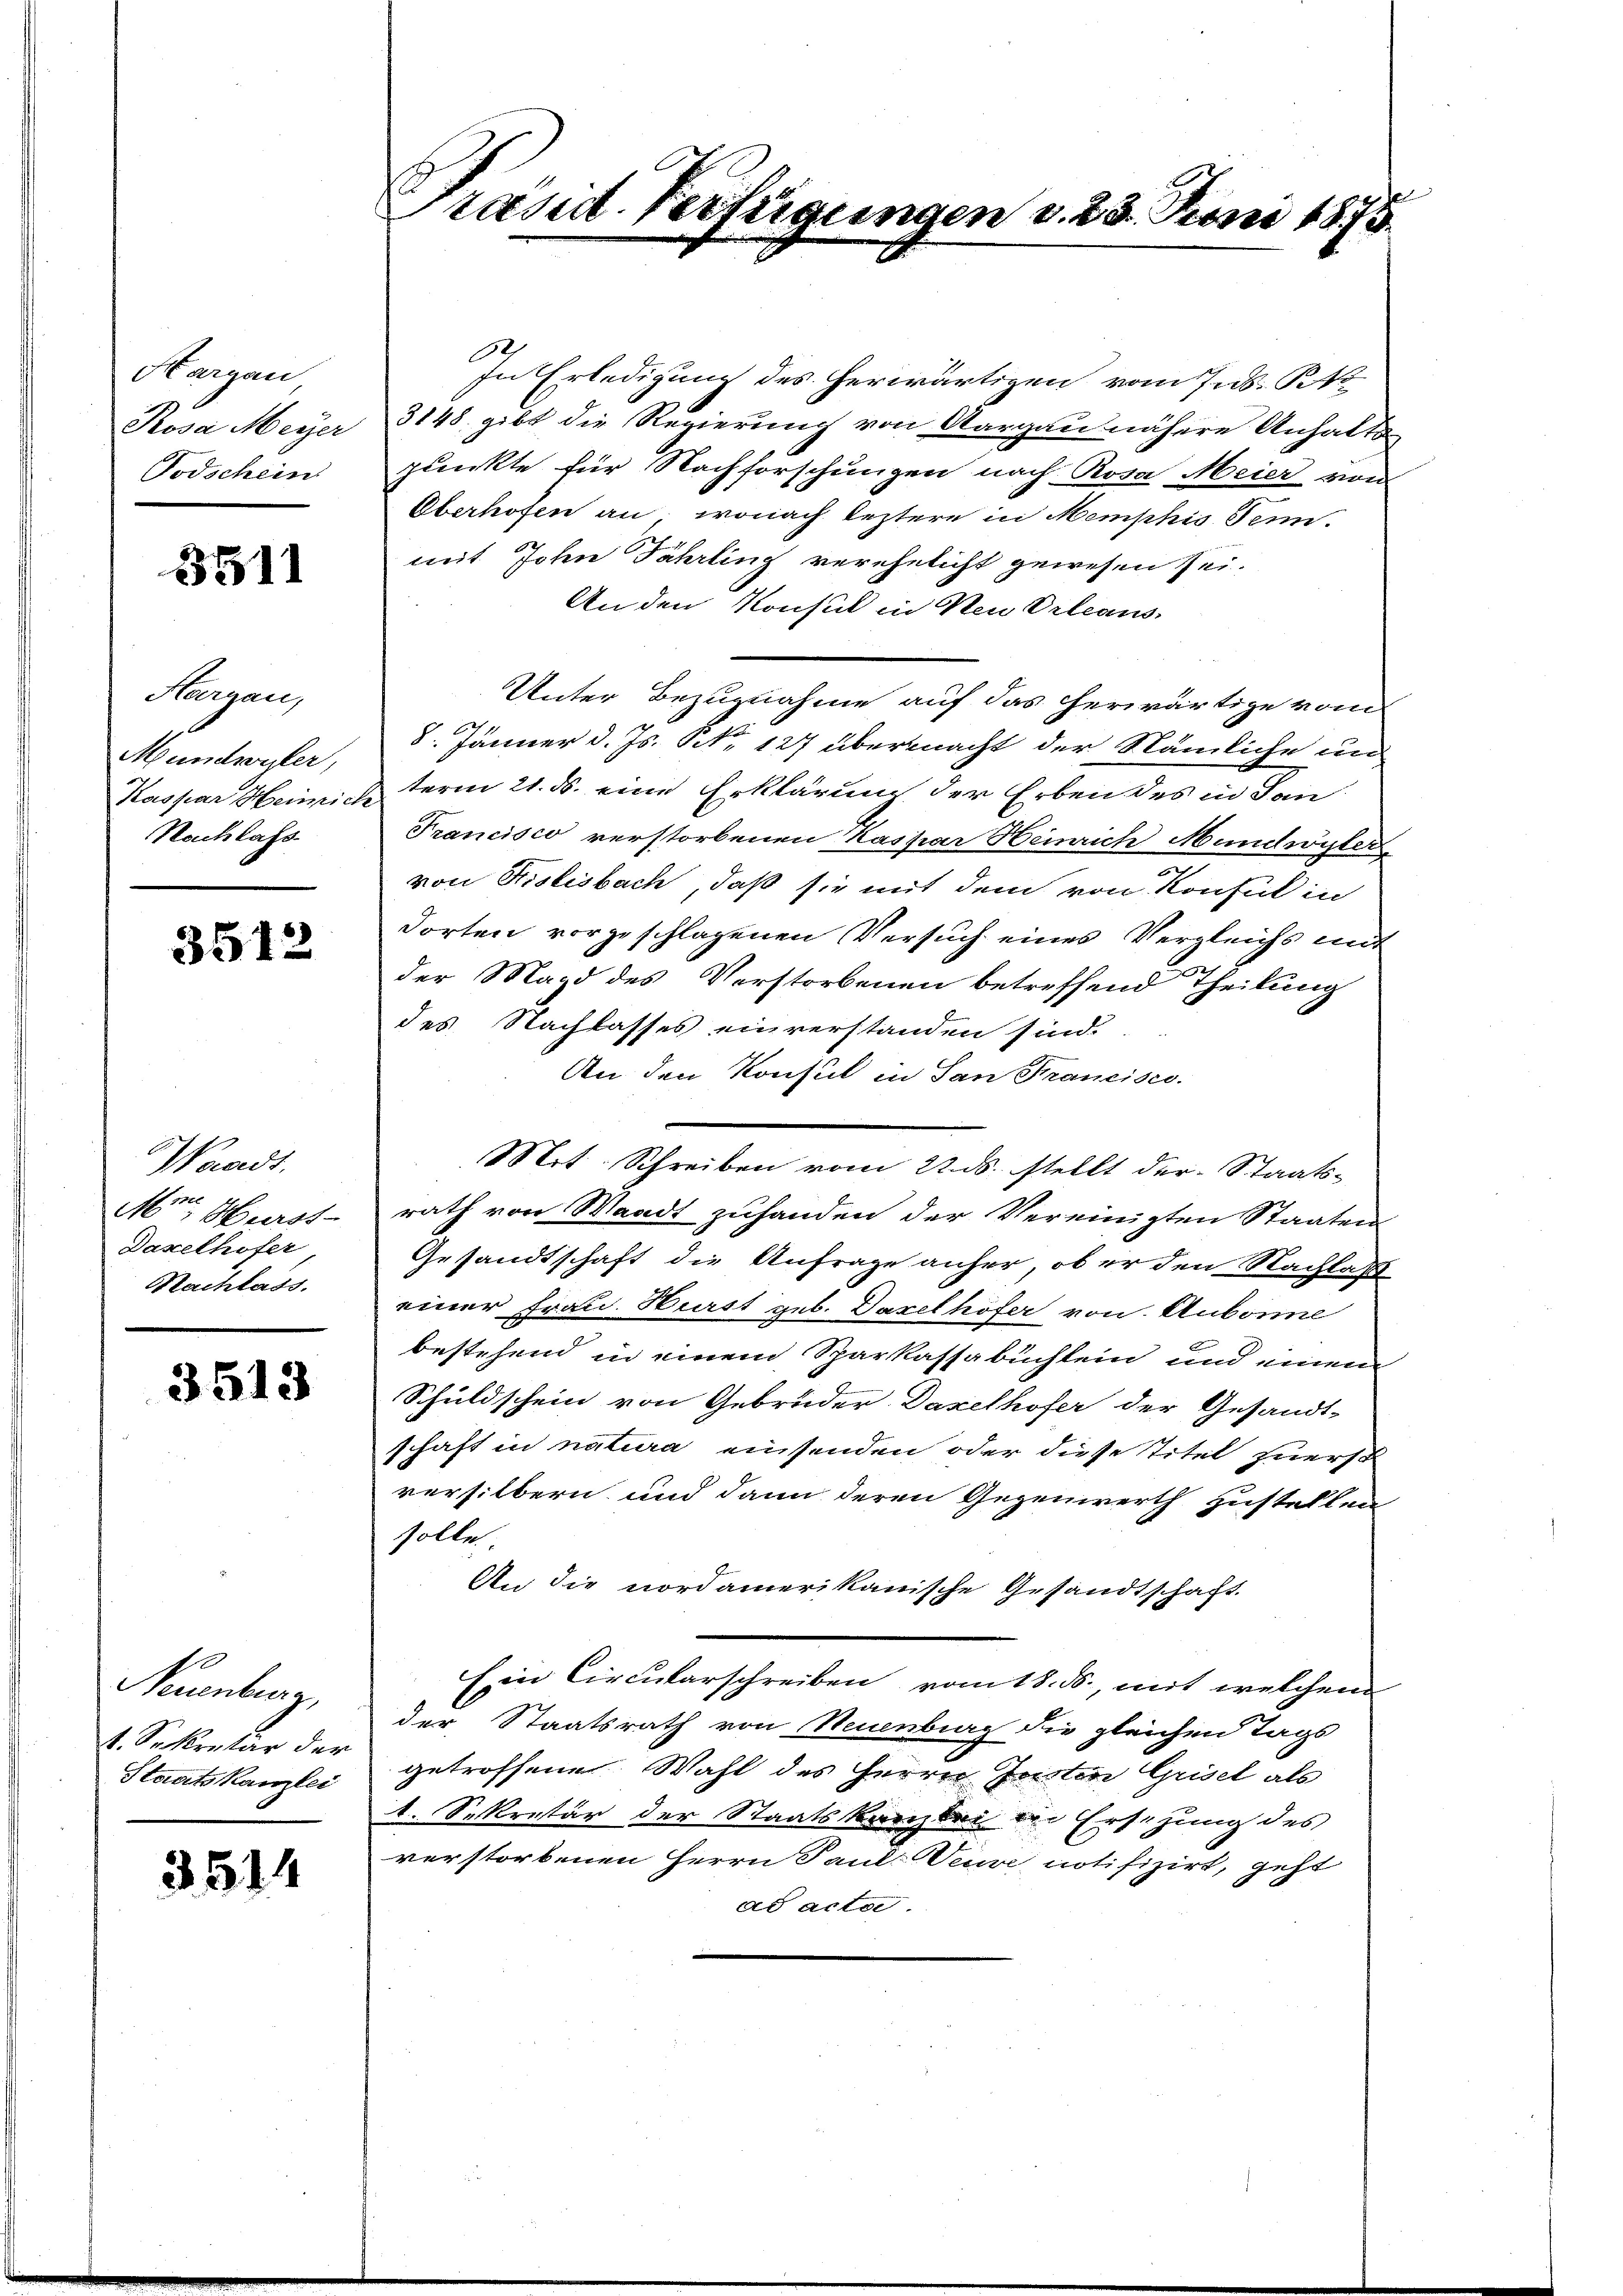
Hargau
Rosa Meyer
Todschein

3511

Hargau,
Mundwuler,
Kaspar Heinrich
Nachlass

3512

Waadt,
pf. E
M. Bürst
Daxelhofer
Nachlass.

3513

Neuenburg,
4. Sekretär der
Staatskanzlei

3514

Präsid. Fertigungen v. 23. Juni 1875.

In Erledigung des herwärtigen vom 7. d. R
3148. gibt die Regierung von Aargau nähere Anhalts
punkte für Nachforschungen nach Rosa Meier von
Oberhofen an, wonach leztere in Memphis Senn.
mit John Fährting verehelicht gewesen sei.
An den Konsul in Neu Orleans
Unter Bezugnahme auf das herwärtige vom
8. Jänner d. Js. NNo. 127 übermacht der Nämliche un
term 21. ds. eine Erklärung der Erben des in dan
Francisco verstorbenen Kaspar Heinrich Mundwörter
von Kislisbach, daß sie mit dem von Konsul in
dorten vorgeschlagenen Versuch eines Vergleichs mit
der Magd des Verstorbenen betreffend Theilung
des Nachlasses einverstanden sind.
An den Konsul in San Francisco
Mit Schreiben vom 22. ds. stellt der Staats-
rath von Waadt zuhanden der Vereinigten Staaten
Gesandtschaft die Anfrage anher ober den Nachlaß
einer Frau. Wurst geb. Daxelhöfer von Anborne
bestehend in einem Sparkassabuchlein und einem
Schuldschein von Gebrüder Daxelhofer der Gesandt-
schaft in natura einsenden oder diese Titel zuerst
versilbern und dann deren Gegenwerth zustellen
solle.
An die nordamerikanische Gesandtschaft.
Ein Circukarschreiben vom 18. ds., mit welchem
der Staatsrath von Neuenburg die gleichen Tags
getroffene Wahl des Herrn Geister Grisel als
1. Sekretär der Staatskanzlei der Ersetzung des
verstorbenen Herrn Paul Veuve notifizirt, geht
ds acta